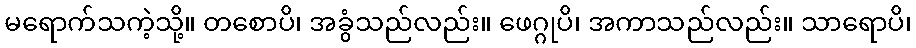
မရောက်သကဲ့သို့။ တစောပိ၊ အခွံသည်လည်း။ ဖေဂ္ဂုပိ၊ အကာသည်လည်း။ သာရောပိ၊